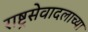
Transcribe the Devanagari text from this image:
राष्ट्रसेवादलाच्या